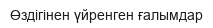
Өздігінен үйренген ғалымдар